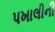
પખાલીની